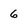
Character: 6